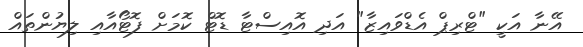
އޭނާ އަކީ "ޓްރިޕް އެޑްވައިޒާ" އަދި އޮއިސްޓާ ޑޮޓް ކޮމަށް ފޮޓޯއާއި ލިޔުންތައް